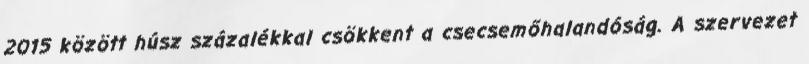
2015 között húsz százalékkal csökkent a csecsemőhalandóság. A szervezet